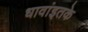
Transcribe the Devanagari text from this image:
धावांइतके